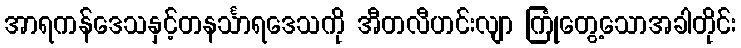
အာရကန်ဒေသနှင့်တနင်္သာရဒေသကို အီတလီဟင်းလျာ ကြုံတွေ့သောအခါတိုင်း